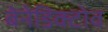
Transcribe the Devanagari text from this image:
बेनेडिक्टोव